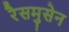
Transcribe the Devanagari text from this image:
रैसमुसेन